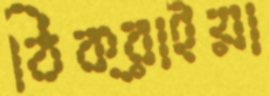
ঠিক্‌রাইয়া